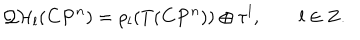
{ \cal Q H } _ { l } ( { \bf C P } ^ { n } ) = \rho _ { l } ( T ( { \bf C P } ^ { n } ) ) \oplus \tau ^ { l } , \qquad l \in { \bf Z } .